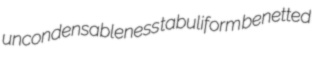
uncondensableness tabuliform benetted